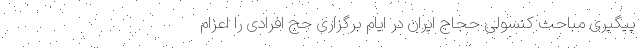
پیگیری مباحث کنسولی حجاج ایران در ایام برگزاری حج افرادی را اعزام